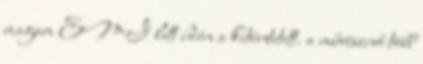
magam EMI lett idén a kitüntetett. a művésznő több